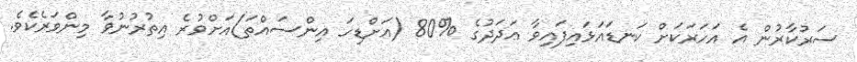
ސަރުކާރުން އެ އަހަރަކަށް ކަނޑައަޅައިފައިވާ ޢަދަދުގެ %80 (އަށްޑިހަ އިންސައްތަ)އަށްވުރެ އިތުރުނުވާ މިންވަރެކެވެ.